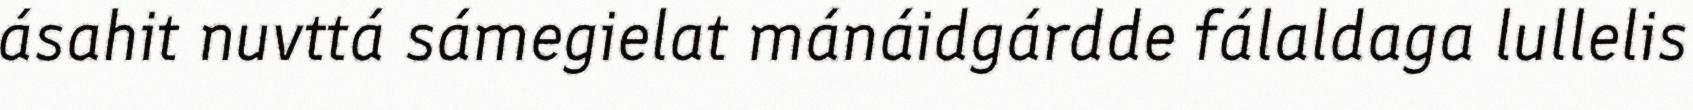
ásahit nuvttá sámegielat mánáidgárdde fálaldaga lullelis